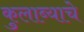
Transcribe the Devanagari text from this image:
कुलाब्याचे